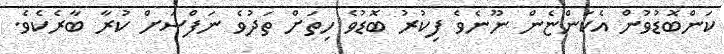
ކަންބޮޑުވުން އެކަންޏެން ނޫނެވެ ފިކުރު ބޮޑުވެ ހިތަށް ތަދުވެ ނަފްސަށް ކުރާ ބާރެކެވެ.